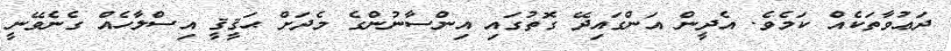
ދަޢުވާތަކެއް ކަމެވެ. އެދީން އަންގައިދޭ ގޮތުގައި އިންސާނުންގެ މެދަށް ޙަޤީޤީ އިސްލާހެއް ގެނެވޭނީ